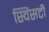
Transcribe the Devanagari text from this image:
स्विंसटी